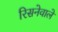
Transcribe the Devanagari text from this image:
रिसनेवाले